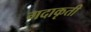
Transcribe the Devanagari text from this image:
गदाकृती